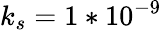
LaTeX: k_{s}=1*10^{-9}